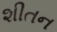
શીતન